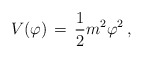
\begin{align*}V(\varphi) \, = \, {1 \over 2} m^2 \varphi^2 \, ,\end{align*}